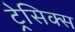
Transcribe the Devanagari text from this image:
ट्रेसिक्स